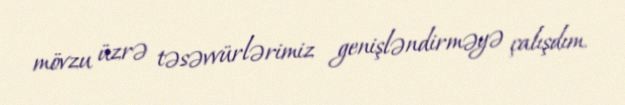
mövzu üzrə təsəvvürlərimiz genişləndirməyə çalışdım.